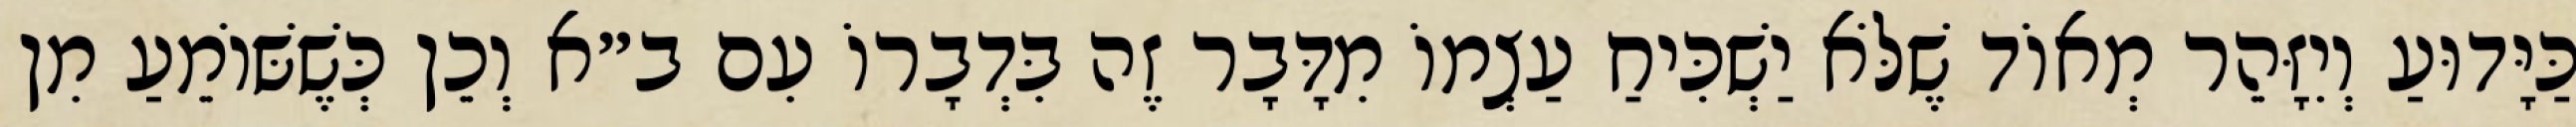
כַּיָּדוּעַ וְיִזָּהֵר מְאוֹד שֶׁלֹּא יַשְׁכִּיחַ עַצְמוֹ מִדָּבָר זֶה בִּדְבָרוֹ עִם ב״א וְכֵן כְּשֶׁשּׁוֹמֵעַ מִן